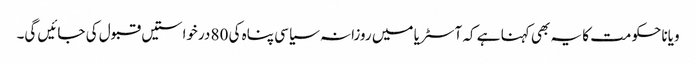
ویانا حکومت کا یہ بھی کہنا ہے کہ آسٹریا میں روزانہ سیاسی پناہ کی 80 درخواستیں قبول کی جائیں گی۔